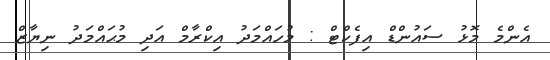
އެންމެ މޮޅު ސައުންޑް އިފެކްޓް : މުހައްމަދު އިކްރާމް އަދި މުޙައްމަދު ނިޔާޒް